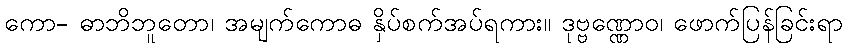
ကော- ဓာဘိဘူတော၊ အမျက်ကောဓ နှိပ်စက်အပ်ရကား။ ဒုဗ္ဗဏ္ဏောဝ၊ ဖောက်ပြန်ခြင်းရာ